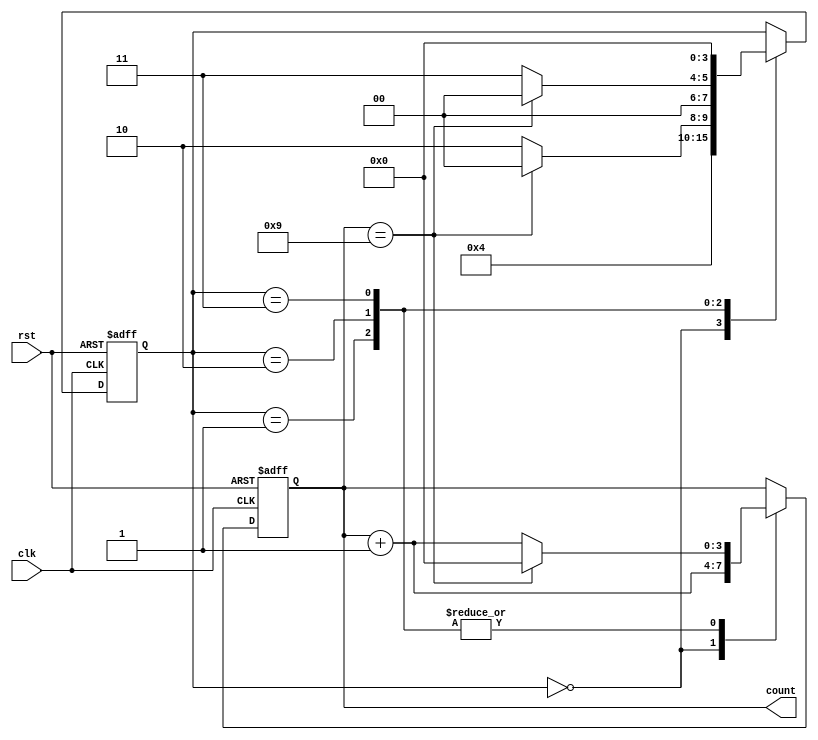
module bcd_counter (
    input wire clk,
    input wire rst,
    output reg [3:0] count
);

reg [3:0] state;

always @ (posedge clk or posedge rst) begin
    if (rst) begin
        state <= 4'b0000;
        count <= 4'b0000;
    end else begin
        case (state)
            4'b0000: begin
                state <= 4'b0001;
                count <= count + 1;
            end
            4'b0001: begin
                if (count == 4'b1001) begin
                    state <= 4'b0000;
                    count <= 4'b0000;
                end else begin
                    state <= 4'b0010;
                    count <= count + 1;
                end
            end
            4'b0010: begin
                if (count == 4'b1001) begin
                    state <= 4'b0000;
                    count <= 4'b0000;
                end else begin
                    state <= 4'b0011;
                    count <= count + 1;
                end
            end
            4'b0011: begin
                if (count == 4'b1001) begin
                    state <= 4'b0000;
                    count <= 4'b0000;
                end else begin
                    state <= 4'b0000;
                    count <= count + 1;
                end
            end
        endcase
    end
end

endmodule